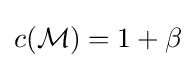
c({\mathcal {M}})=1+\beta